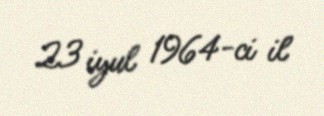
23 iyul 1964-ci il